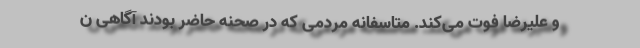
و علیرضا فوت می‌کند. متاسفانه مردمی که در صحنه حاضر بودند آگاهی ن